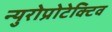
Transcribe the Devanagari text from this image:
न्युरोप्रोटेक्टिव